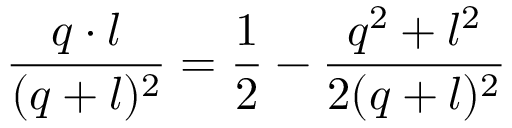
{ \frac { q \cdot l } { ( q + l ) ^ { 2 } } } = { \frac { 1 } { 2 } } - { \frac { q ^ { 2 } + l ^ { 2 } } { 2 ( q + l ) ^ { 2 } } }